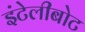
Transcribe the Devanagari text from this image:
इंटेलीबोट